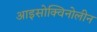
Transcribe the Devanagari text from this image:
आइसोक्विनोलीन